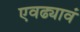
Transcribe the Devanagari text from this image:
एवढ्यावं